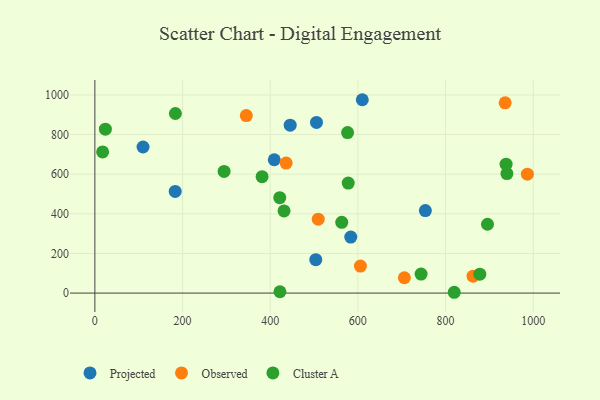
{"axis": {"x": "Experience", "y": "Profit"}, "legend": ["Cluster A", "Observed", "Projected"], "data": [{"x": "505.6", "y": 861.2, "type": "Projected"}, {"x": "610.1", "y": 975.8, "type": "Projected"}, {"x": "183.3", "y": 512.9, "type": "Projected"}, {"x": "504.0", "y": 168.4, "type": "Projected"}, {"x": "445.6", "y": 847.3, "type": "Projected"}, {"x": "409.3", "y": 672.9, "type": "Projected"}, {"x": "109.9", "y": 737.3, "type": "Projected"}, {"x": "583.8", "y": 282.6, "type": "Projected"}, {"x": "754.0", "y": 416.5, "type": "Projected"}, {"x": "706.1", "y": 77.3, "type": "Observed"}, {"x": "862.7", "y": 85.3, "type": "Observed"}, {"x": "345.5", "y": 895.7, "type": "Observed"}, {"x": "986.7", "y": 600.2, "type": "Observed"}, {"x": "436.3", "y": 656.1, "type": "Observed"}, {"x": "605.8", "y": 136.4, "type": "Observed"}, {"x": "509.6", "y": 372.9, "type": "Observed"}, {"x": "936.0", "y": 960.1, "type": "Observed"}, {"x": "744.2", "y": 95.9, "type": "Cluster A"}, {"x": "940.0", "y": 603.1, "type": "Cluster A"}, {"x": "578.0", "y": 555.1, "type": "Cluster A"}, {"x": "431.6", "y": 414.5, "type": "Cluster A"}, {"x": "24.0", "y": 827.0, "type": "Cluster A"}, {"x": "381.5", "y": 587.7, "type": "Cluster A"}, {"x": "576.5", "y": 809.8, "type": "Cluster A"}, {"x": "938.1", "y": 650.4, "type": "Cluster A"}, {"x": "422.2", "y": 6.7, "type": "Cluster A"}, {"x": "819.8", "y": 4.1, "type": "Cluster A"}, {"x": "563.2", "y": 357.1, "type": "Cluster A"}, {"x": "895.7", "y": 347.3, "type": "Cluster A"}, {"x": "294.8", "y": 613.8, "type": "Cluster A"}, {"x": "878.2", "y": 95.6, "type": "Cluster A"}, {"x": "17.7", "y": 712.2, "type": "Cluster A"}, {"x": "183.7", "y": 906.2, "type": "Cluster A"}, {"x": "421.8", "y": 481.5, "type": "Cluster A"}]}